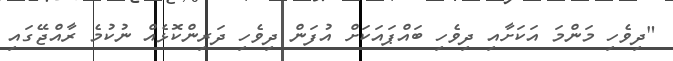
"ދިވެހި މަންމަ އަކަށާއި ދިވެހި ބައްޕައަކަށް އުފަން ދިވެހި ދަރިންކޮޅެއް ނުކުމެ ރާއްޖޭގައި